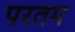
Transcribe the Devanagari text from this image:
परतम